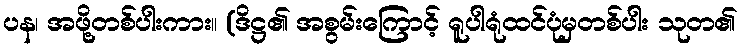
ပန၊ အဖို့တစ်ပါးကား။ (ဒိဋ္ဌ၏ အစွမ်းကြောင့် ရူပါရုံထင်ပုံမှတစ်ပါး သုတ၏